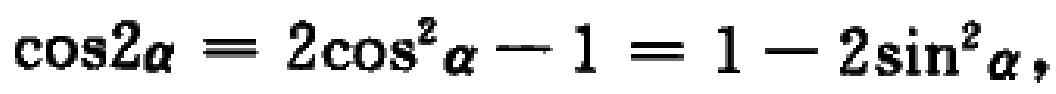
\(\cos2\alpha = 2\cos^{2}\alpha - 1 = 1 - 2\sin^{2}\alpha\)